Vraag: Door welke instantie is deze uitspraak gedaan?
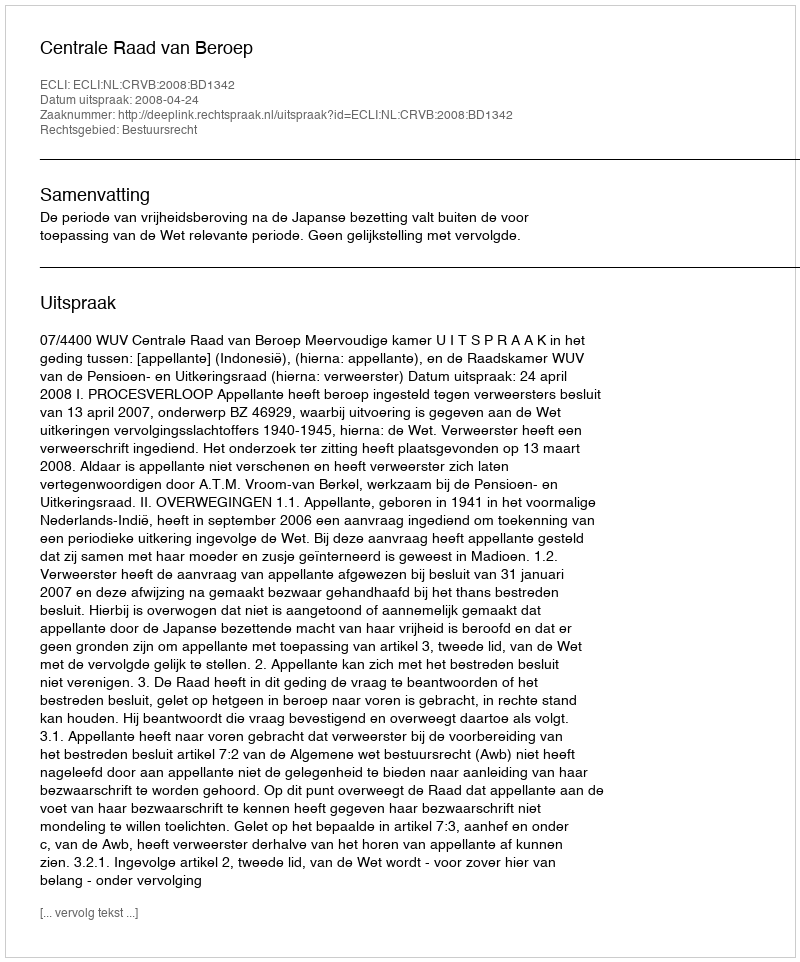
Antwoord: Centrale Raad van Beroep